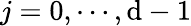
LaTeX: j=0,\cdots,\mathrm{d}-1